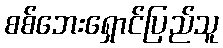
စစ်ဘေးရှောင်ပြည်သူ